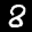
Label: 8